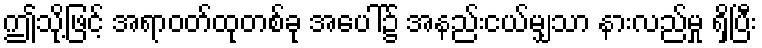
ဤသို့ဖြင့် အရာဝတ်ထုတစ်ခု အပေါ်၌ အနည်းငယ်မျှသာ နားလည်မှု ရှိပြီး